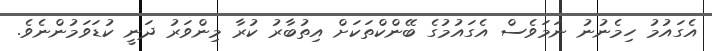
އެގައުމު ހިމެނުނު ނަމަވެސް އެގައުމުގެ ބޭންކްތަކަށް އިތުބާރު ކުރާ މިންވަރު ދަނީ ކުޑަވަމުންނެވެ.